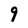
Character: 9